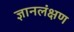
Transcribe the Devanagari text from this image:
ज्ञानलंक्षण